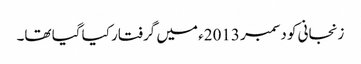
زنجانی کو دسمبر 2013ء میں گرفتار کیا گیا تھا۔